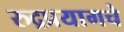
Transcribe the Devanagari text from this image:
रुद्रप्रयागचे